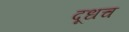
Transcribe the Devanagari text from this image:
दूधच